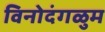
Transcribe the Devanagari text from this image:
विनोदंगळुम